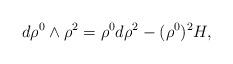
LaTeX: \begin{align*}d\rho^{0}\wedge\rho^{2} = \rho^{0}d\rho^{2} - (\rho^{0})^{2}H,\end{align*}